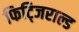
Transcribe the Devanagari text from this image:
फिट्जिराल्ड